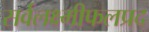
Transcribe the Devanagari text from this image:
सर्वलक्ष्मीफलप्रद